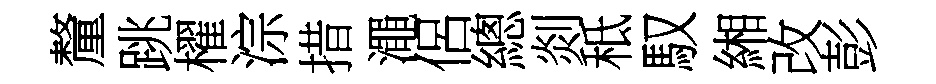
釐跳櫂淙措澠侶總剡秪馭緗改彭